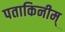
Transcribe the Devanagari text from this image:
पताकिनीम्